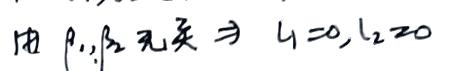
由 $\beta_1,\beta_2$ 无关 $\Rightarrow l_1 = 0, l_2 = 0$